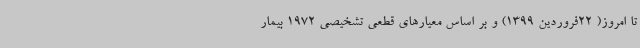
تا امروز( 22فروردین 1399) و بر اساس معیارهای قطعی تشخیصی 1972 بیمار